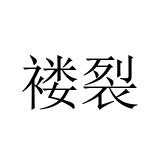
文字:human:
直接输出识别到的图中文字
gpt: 褛裂